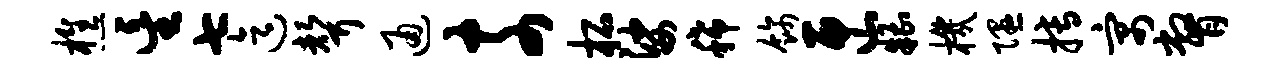
樵星七迄声通奈柘娑稀饰匣糟机隰搏寓瞥